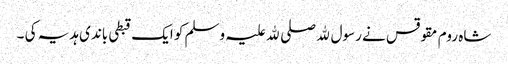
شاہ روم مقوقس نے رسول ﷲ صلی ﷲ علیہ وسلم کو ایک قبطی باندی ہدیہ کی ۔